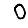
Digit: 0